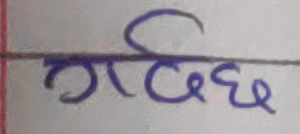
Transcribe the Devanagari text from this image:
गर्दछ